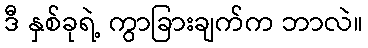
ဒီ နှစ်ခုရဲ့ ကွာခြားချက်က ဘာလဲ။